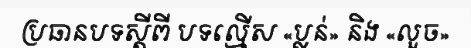
ប្រធានបទស្តីពី បទល្មើស «ប្លន់» និង «លួច»